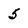
Character: 5